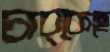
চাব্‌কেছে